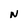
Character: N